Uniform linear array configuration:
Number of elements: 24
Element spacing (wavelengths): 0.25
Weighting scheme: kaiser
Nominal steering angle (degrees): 15
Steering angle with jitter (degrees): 14.566
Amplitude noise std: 0.05
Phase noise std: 0.05

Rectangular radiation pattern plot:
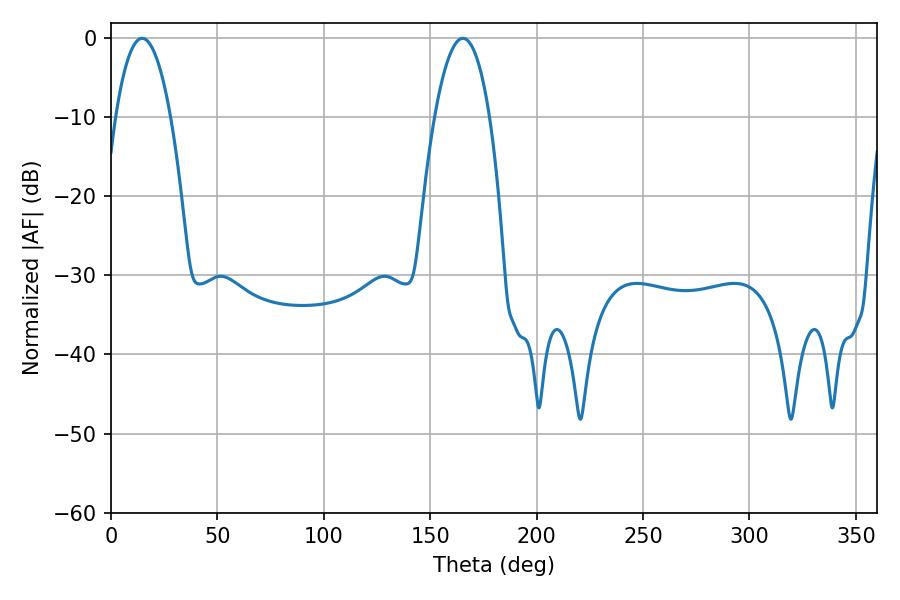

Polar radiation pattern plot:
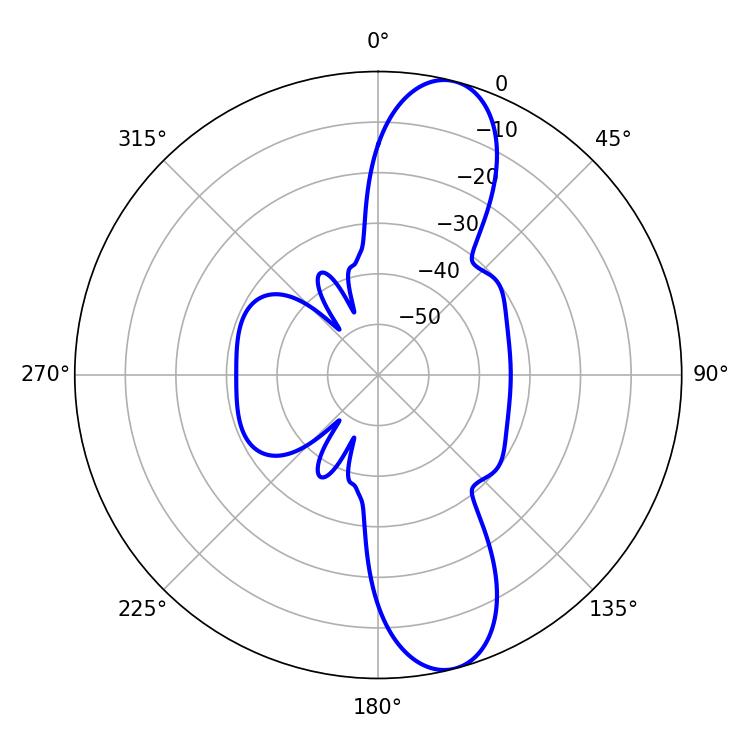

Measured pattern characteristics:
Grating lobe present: FALSE
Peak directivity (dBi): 11.655
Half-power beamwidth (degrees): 14.4
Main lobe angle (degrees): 14.58